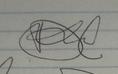
Signature authenticity: forged